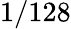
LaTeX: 1/128